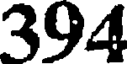
394